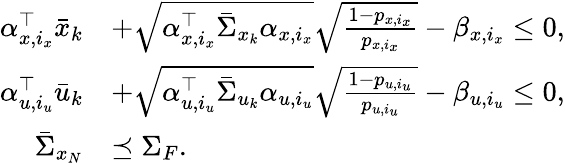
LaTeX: \begin{array}{rl}{\alpha_{x,i_{x}}^{\top}\bar{x}_{k}}&{+\sqrt{\alpha_{x,i_{x}}^{\top}\bar{\Sigma}_{x_{k}}\alpha_{x,i_{x}}}\sqrt{\frac{1-p_{x,i_{x}}}{p_{x,i_{x}}}}-\beta_{x,i_{x}}\leq 0,}\\ {\alpha_{u,i_{u}}^{\top}\bar{u}_{k}}&{+\sqrt{\alpha_{u,i_{u}}^{\top}\bar{\Sigma}_{u_{k}}\alpha_{u,i_{u}}}\sqrt{\frac{1-p_{u,i_{u}}}{p_{u,i_{u}}}}-\beta_{u,i_{u}}\leq 0,}\\ {\bar{\Sigma}_{x_{N}}}&{\preceq\Sigma_{F}.}\end{array}